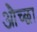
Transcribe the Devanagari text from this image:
औच्छा